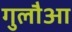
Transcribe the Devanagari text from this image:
गुलौआ